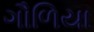
ગૌળિયા